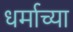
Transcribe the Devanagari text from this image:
धर्माच्‍या